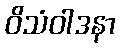
ဝိသံဝါဒနာ